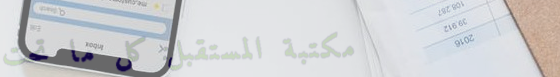
مكتبة المستقبل: كل ما تحت